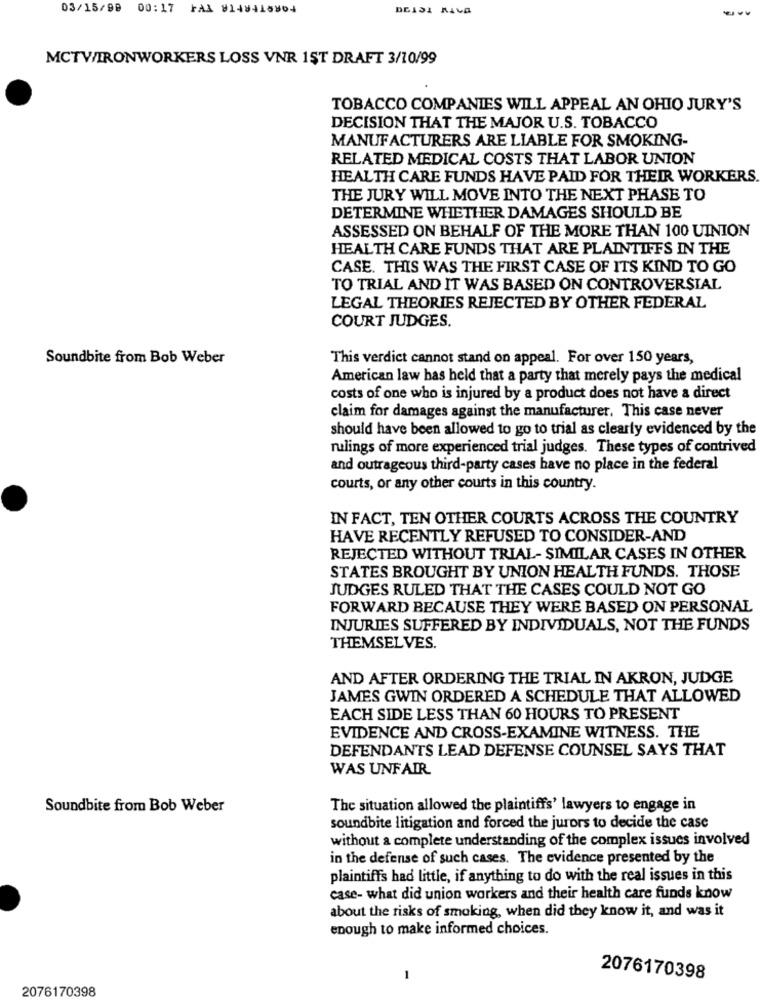
03/15/98
00:17 FAX 8148418864
DEIDI RIVA
MCTW/IRONWORKERS LOSS VNR 1ST DRAFT 3/10/99
TOBACCO COMPANIES WILL APPEAL AN OHIO JURY'S
DECISION THAT THE MAJOR U.S. TOBACCO
MANUFACTURERS ARE LIABLE FOR SMOKING-
RELATED MEDICAL COSTS THAT LABOR UNION
HEALTH CARE FUNDS HAVE PAID FOR THEIR WORKERS.
THE JURY WILL MOVE INTO THE NEXT PHASE TO
DETERMINE WHETHER DAMAGES SHOULD BE
ASSESSED ON BEHALF OF THE MORE THAN 100 UINION
HEALTH CARE FUNDS THAT ARE PLAINTIFFS IN THE
CASE. THIS WAS THE FIRST CASE OF ITS KIND TO GO
TO TRIAL AND IT WAS BASED ON CONTROVERSIAL
LEGAL THEORIES REJECTED BY OTHER FEDERAL
COURT JUDGES.
Soundbite from Bob Weber
This verdict cannot stand on appeal. For over 150 years,
American law has held that a party that merely pays the medical
costs of one who is injured by a product does not have a direct
claim for damages against the manufacturer. This case never
should have been allowed to go to trial as clearly evidenced by the
rulings of more experienced trial judges. These types of contrived
and outrageous third-party cases have no place in the federal
courts, or any other courts in this country.
IN FACT, TEN OTHER COURTS ACROSS THE COUNTRY
HAVE RECENTLY REFUSED TO CONSIDER-AND
REJECTED WITHOUT TRIAL- SIMILAR CASES IN OTHER
STATES BROUGHT BY UNION HEALTH FUNDS. THOSE
JUDGES RULED THAT THE CASES COULD NOT GO
FORWARD BECAUSE THEY WERE BASED ON PERSONAL
INJURIES SUFFERED BY INDIVIDUALS, NOT THE FUNDS
THEMSELVES.
AND AFTER ORDERING THE TRIAL IN AKRON, JUDGE
JAMES GWIN ORDERED A SCHEDULE THAT ALLOWED
EACH SIDE LESS THAN 60 HOURS TO PRESENT
EVIDENCE AND CROSS-EXAMINE WITNESS. THE
DEFENDANTS LEAD DEFENSE COUNSEL SAYS THAT
WAS UNFAIR
Soundbite from Bob Weber
The situation allowed the plaintiffs' lawyers to engage in
soundbite litigation and forced the jurors to decide the case
without a complete understanding of the complex issues involved
in the defense of such cases. The evidence presented by the
plaintiffs had little, if anything to do with the real issues in this
case- what did union workers and their health care funds know
about the risks of smoking, when did they know it, and was it
enough to make informed choices.
1
2076170398
2076170398